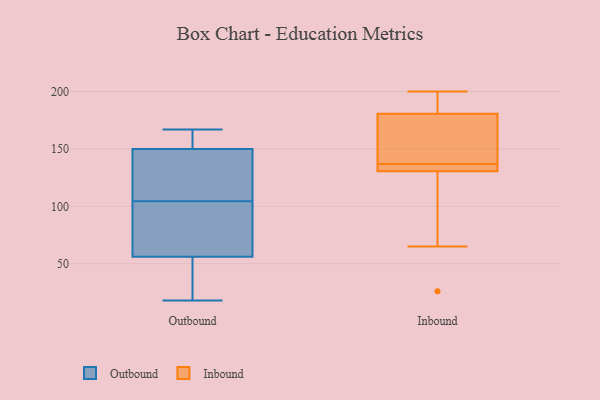
{"axis": {"x": "Bounce Rate (%)", "y": "Value"}, "legend": ["Inbound", "Outbound"], "data": [{"x": "", "y": 110, "type": "Outbound"}, {"x": "", "y": 145, "type": "Outbound"}, {"x": "", "y": 62, "type": "Outbound"}, {"x": "", "y": 40, "type": "Outbound"}, {"x": "", "y": 18, "type": "Outbound"}, {"x": "", "y": 56, "type": "Outbound"}, {"x": "", "y": 84, "type": "Outbound"}, {"x": "", "y": 154, "type": "Outbound"}, {"x": "", "y": 99, "type": "Outbound"}, {"x": "", "y": 112, "type": "Outbound"}, {"x": "", "y": 150, "type": "Outbound"}, {"x": "", "y": 157, "type": "Outbound"}, {"x": "", "y": 167, "type": "Outbound"}, {"x": "", "y": 19, "type": "Outbound"}, {"x": "", "y": 134, "type": "Inbound"}, {"x": "", "y": 98, "type": "Inbound"}, {"x": "", "y": 135, "type": "Inbound"}, {"x": "", "y": 137, "type": "Inbound"}, {"x": "", "y": 65, "type": "Inbound"}, {"x": "", "y": 180, "type": "Inbound"}, {"x": "", "y": 189, "type": "Inbound"}, {"x": "", "y": 185, "type": "Inbound"}, {"x": "", "y": 142, "type": "Inbound"}, {"x": "", "y": 132, "type": "Inbound"}, {"x": "", "y": 149, "type": "Inbound"}, {"x": "", "y": 80, "type": "Inbound"}, {"x": "", "y": 167, "type": "Inbound"}, {"x": "", "y": 192, "type": "Inbound"}, {"x": "", "y": 181, "type": "Inbound"}, {"x": "", "y": 137, "type": "Inbound"}, {"x": "", "y": 200, "type": "Inbound"}, {"x": "", "y": 130, "type": "Inbound"}, {"x": "", "y": 26, "type": "Inbound"}]}